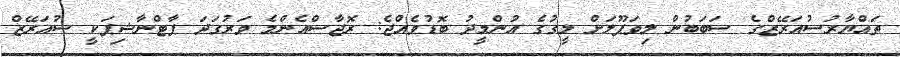
ތައްޔާރުސުއަރޭޒްގެ ސަބަބުން ލިވަޕޫލަށް ލީގުގެ އުންމީދު ބޮޑުވެއްޖެ: ރޮޖާސްއެންމެ ވަރުގަދަ ޕާޓްނާޝިޕަކީ ސުއަރޭޒް